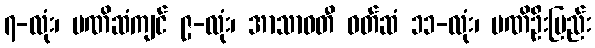
၇-လုံး၊ မဏိဆံကျင် ၉-လုံး၊ အာသာဝတီ ဝတ်ဆံ ၁၁-လုံး၊ မဏိဦးပြည်း